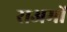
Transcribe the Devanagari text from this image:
राअमों